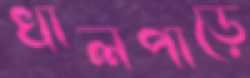
খালপাড়ে